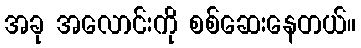
အခု အလောင်းကို စစ်ဆေးနေတယ်။